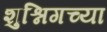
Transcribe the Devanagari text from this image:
शुश्निगच्या